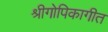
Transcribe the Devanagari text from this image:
श्रीगोपिकागीत